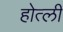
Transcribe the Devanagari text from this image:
होत्ली